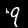
Digit: 9